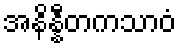
အနိန္နီတကသာဝံ